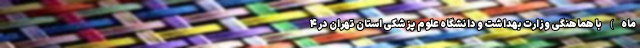
ماه) با هماهنگی وزارت بهداشت و دانشگاه علوم پزشکی استان تهران در ۴